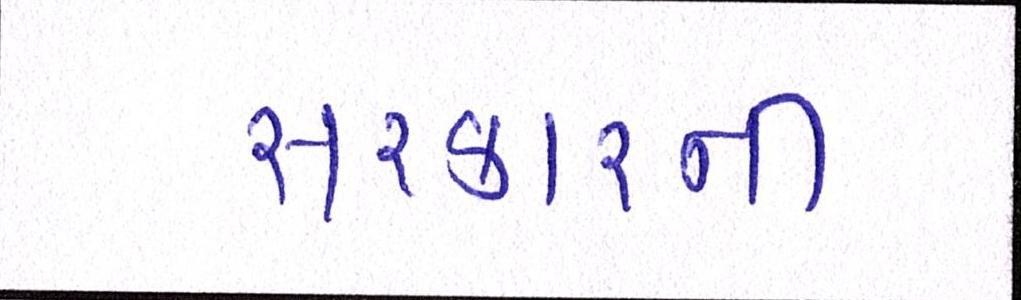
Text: સરકારની